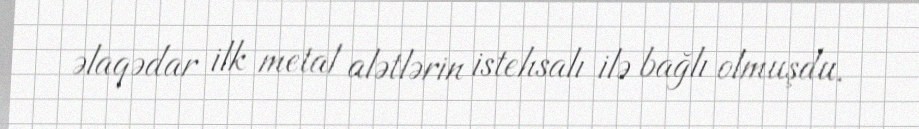
əlaqədar ilk metal alətlərin istehsalı ilə bağlı olmuşdu.